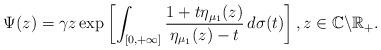
LaTeX: \begin{align*}\Psi(z)=\gamma z\exp\left[\int_{[0,+\infty]}\frac{1+t\eta_{\mu_{1}}(z)}{\eta_{\mu_{1}}(z)-t}\,d\sigma(t)\right],z\in\mathbb{C}\backslash\mathbb{R}_{+}.\end{align*}